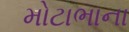
મોટાભાના